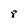
Character: 8